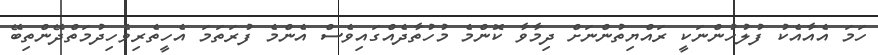
ހަމަ އެއާއެކު ފުލުހުންނަކީ ރައްޔިތުންނަށް ދިމާވާ ކޮންމެ މުހުތާދެއްގައިވެސް އެންމެ ފުރަތަމަ އެހީތެރިވެހިދުމަތްދޭންތިބޭ